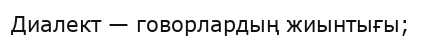
Диалект — говорлардың жиынтығы;